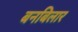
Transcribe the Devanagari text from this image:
बनबिलार